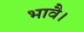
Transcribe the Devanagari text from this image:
भावै।